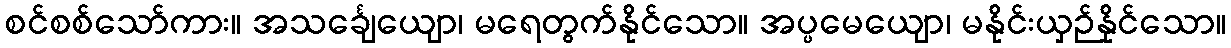
စင်စစ်သော်ကား။ အသင်္ချေယျော၊ မရေတွက်နိုင်သော။ အပ္ပမေယျော၊ မနိုင်းယှဉ်နိုင်သော။